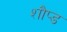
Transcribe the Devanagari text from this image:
शौप्ड